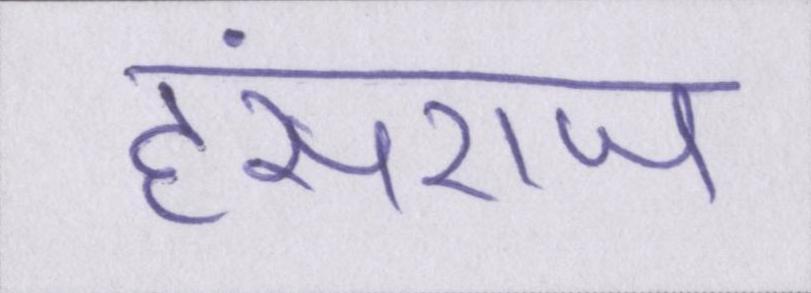
हंसराज